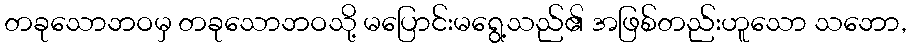
တခုသောဘဝမှ တခုသောဘဝသို့ မပြောင်းမရွေ့သည်၏ အဖြစ်တည်းဟူသော သဘော,